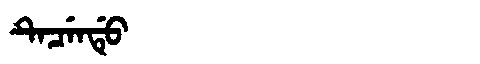
Manchu: ᡨᡝᠴᡝᠨᡩᡠ
Romanization: TECENDU